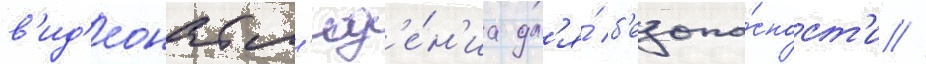
в'ид'еонабл'юд'е́н'иа дл'я́ б'езопа́сност'и //